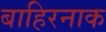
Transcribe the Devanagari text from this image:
बाहिरनाक